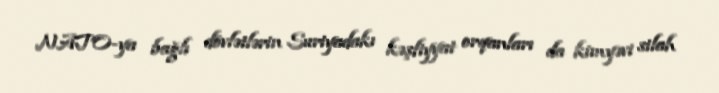
NATO-ya bağlı dövlətlərin Suriyadakı kəşfiyyat orqanları da kimyəvi silah